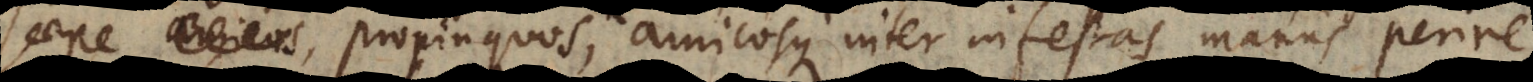
saepe propinquos, amicosque inter infestas manus perire